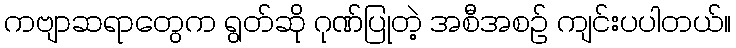
ကဗျာဆရာတွေက ရွတ်ဆို ဂုဏ်ပြုတဲ့ အစီအစဉ် ကျင်းပပါတယ်။